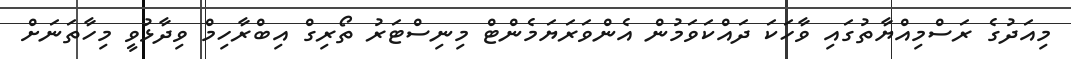
މިއަދުގެ ރަސްމިއްޔާތުގައި ވާހަކަ ދައްކަވަމުން އެންވަރަޔަމެންޓް މިނިސްޓަރު ތޯރިގް އިބްރާހިމް ވިދާޅުވީ މިހާތަނަށް